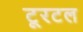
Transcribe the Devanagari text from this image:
टूरटल